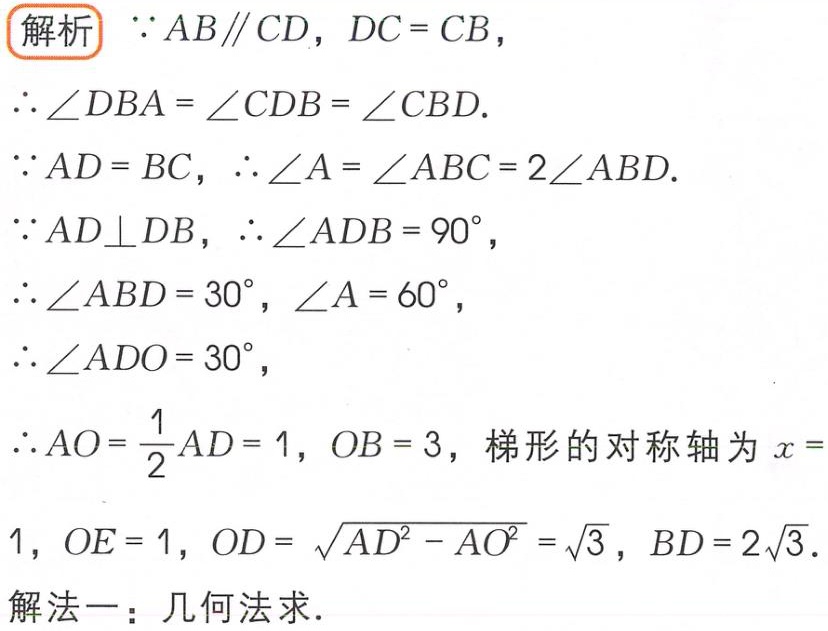
\begin{解析}

$\because AB\parallel CD$，$DC = CB$，

$\therefore \angle DBA=\angle CDB=\angle CBD$.

$\because AD = BC$，$\therefore \angle A=\angle ABC = 2\angle ABD$.

$\because AD\perp DB$，$\therefore \angle ADB = 90^{\circ}$，

$\therefore \angle ABD = 30^{\circ}$，$\angle A = 60^{\circ}$，

$\therefore \angle ADO = 30^{\circ}$，

$\therefore AO=\frac{1}{2}AD = 1$，$OB = 3$，梯形的对称轴为$x =

1$，$OE = 1$，$OD=\sqrt{AD^{2}-AO^{2}}=\sqrt{3}$，$BD = 2\sqrt{3}$.

解法一：几何法求.

\end{解析}